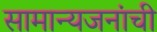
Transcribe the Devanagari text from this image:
सामान्यजनांची